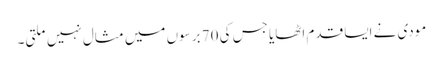
مودی نے ایسا قدم اٹھایا جس کی 70 برسوں میں مثال نہیں ملتی۔